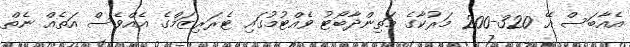
އެއާބަސް އޭ 320-200 މަރުކާގެ މަތިންދާބޯޓު ވެއްޓުމުގައި ޓެރަރިޒަމްގެ އެއްވެސް އަތެއް ނެތް